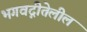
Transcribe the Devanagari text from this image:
भगवद्गीतेलील